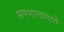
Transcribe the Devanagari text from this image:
समभागामागे